Indian journal of veterinary science and animal husbandry - Volumes 15-17, 1948-1951
Year: 1948
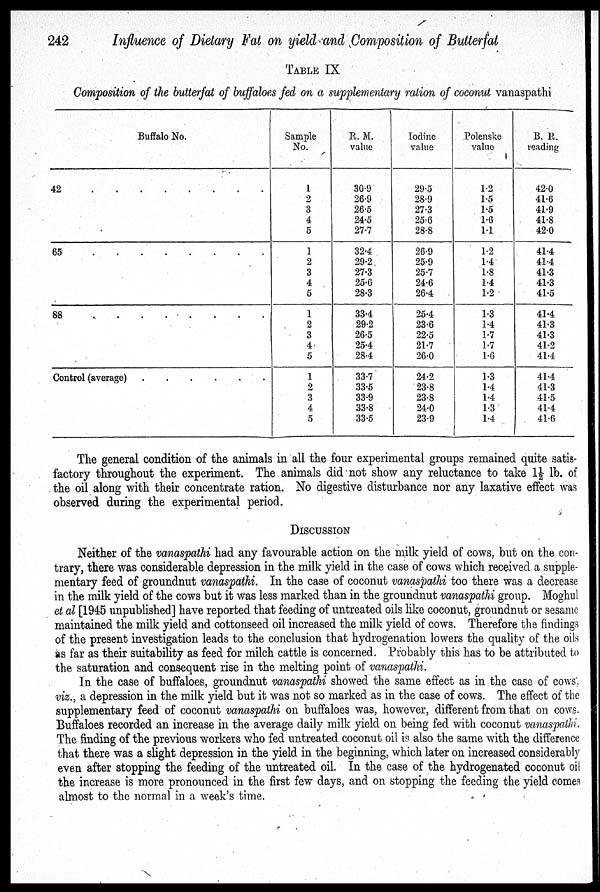
242
Influence of Dietary Fat on yield and Composition of Butterfat
TABLE IX
Composition of the butterfat of buffaloes fed on a supplementary ration of coconut vanaspathi
Buffalo No.
42 . . . . . . . . . .
65 . . . . . . . . . .
88 . . . . . . . . . .
Control (average) . . . . . .
Sample
No.
1
2
3
4
5
1
2
3
4
5
1
2
3
4
5
1
2
3
4
5
R. M.
value
30.9
26.9
26.5
24.5
27.7
32.4
29.2
27.3
25.6
28.3
33.4
29.2
26.5
25.4
28.4
33.7
33.5
33.9
33.8
33.5
Iodine
value
29.5
28.9
27.3
25.6
28.8
26.9
25.9
25.7
24.6
26.4
25.4
23.6
22.5
21.7
26.0
24.2
23.8
23.8
24.0
23.9
Polenske
value
12
15
1.5
1.6
1.1
1.2
1.4
1.8
1.4
1.2
1.3
1.4
1.7
1.7
1.6
1.3
1.4
1.4
1.3
1.4
B. R.
reading
42.0
41.6
41.9
41.8
42.0
41.4
41.4
41.3
41.3
41.5
41.4
41.3
41.3
41.2
41.4
41.4
41.3
41.5
41.4
41.6
The general condition of the animals in all the four experimental groups remained quite satis-
factory throughout the experiment. The animals did not show any reluctance to take 1½ lb. of
the oil along with their concentrate ration. No digestive disturbance nor any laxative effect was
observed during the experimental period.
DISCUSSION
Neither of the vanaspathi had any favourable action on the milk yield of cows, but on the con-
trary, there was considerable depression in the milk yield in the case of cows which received a supple-
mentary feed of groundnut vanaspathi. In the case of coconut vanaspathi too there was a decrease
in the milk yield of the cows but it was less marked than in the groundnut vanaspathi group. Moghul
et al [1945 unpublished] have reported that feeding of untreated oils like coconut, groundnut or sesame
maintained the milk yield and cottonseed oil increased the milk yield of cows. Therefore the findings
of the present investigation leads to the conclusion that hydrogenation lowers the quality of the oils
as far as their suitability as feed for milch cattle is concerned. Probably this has to be attributed to
the saturation and consequent rise in the melting point of vanaspathi.
In the case of buffaloes, groundnut vanaspathi showed the same effect as in the case of cows,
viz., a depression in the milk yield but it was not so marked as in the case of cows. The effect of the
supplementary feed of coconut vanaspathi on buffaloes was, however, different from that on cows.
Buffaloes recorded an increase in the average daily milk yield on being fed with coconut vanaspathi.
The finding of the previous workers who fed untreated coconut oil is also the same with the difference
that there was a slight depression in the yield in the beginning, which later on increased considerably
even after stopping the feeding of the untreated oil. In the case of the hydrogenated coconut oil
the increase is more pronounced in the first few days, and on stopping the feeding the yield comes
almost to the normal in a week's time.